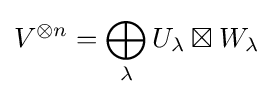
V^{\otimes n}=\bigoplus _{\lambda }U_{\lambda }\boxtimes W_{\lambda }